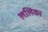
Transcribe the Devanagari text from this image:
ललिका